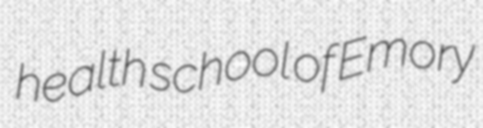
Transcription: health school of Emory